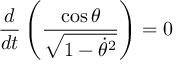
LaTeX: \frac { d } { d t } \left( \frac { \cos \theta } { \sqrt { 1 - \dot { \theta } ^ { 2 } } } \right) = 0